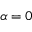
\alpha = 0